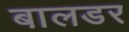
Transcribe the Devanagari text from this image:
बालडर